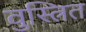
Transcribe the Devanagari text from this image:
वुस्त्रित